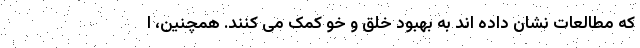
که مطالعات نشان داده اند به بهبود خلق و خو کمک می کنند. همچنین، ا